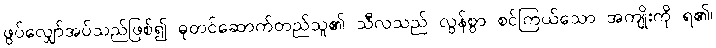
ဖွပ်လျှော်အပ်သည်ဖြစ်၍ ဓုတင်ဆောက်တည်သူ၏ သီလသည် လွန်စွာ စင်ကြယ်သော အကျိုးကို ရ၏၊